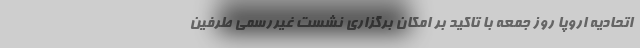
اتحادیه اروپا روز جمعه با تاکید بر امکان برگزاری نشست غیررسمی طرفین